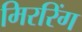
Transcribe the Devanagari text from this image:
मिररिंग